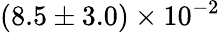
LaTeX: (8.5\pm 3.0)\times 10^{-2}